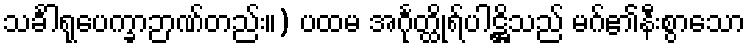
သင်္ခါရုပေက္ခာဉာဏ်တည်း။) ပထမ အင်္ဂုတ္ထိုရ်ပါဋ္ဌိသည် မဂ်၏နီးစွာသော